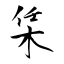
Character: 栠